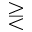
\gtreqless